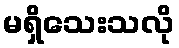
မရှိသေးသလို